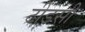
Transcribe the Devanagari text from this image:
टींडसी